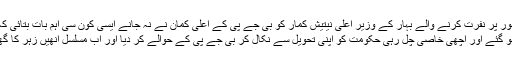
کرپشن سے شدید طور پر نفرت کرنے والے بہار کے وزیر اعلیٰ نیتیش کمار کو بی جے پی کے اعلیٰ کمان نے نہ جانے ایسی کون سی اہم بات بتائی کہ وہ ’زہر کا گھونٹ‘
پینے کے لئے تیار ہو گئے اور اچھی خاصی چل رہی حکومت کو اپنی تحویل سے نکال کر بی جے پی کے حوالے کر دیا اور اب مسلسل انھیں زہر کا گھونٹ پینا پڑ رہا ہے۔